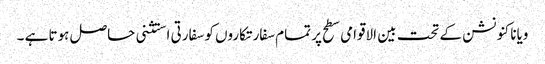
ویانا کنونشن کے تحت بین الاقوامی سطح پر تمام سفارتکاروں کو سفارتی استثنی حاصل ہوتا ہے ۔